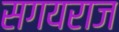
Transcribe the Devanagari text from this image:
सगयराज